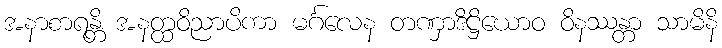
အနာစာရန္တိ အနတ္ထဝိညာပိကာ မင်္ဂလေန တဏှာဒိဋ္ဌိယောဝ ဝိနဿန္တာ သာမိနိ